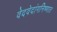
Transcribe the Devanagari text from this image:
वेदवेदांगनिष्णात